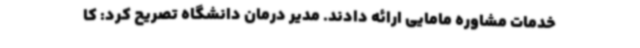
خدمات مشاوره مامایی ارائه دادند. مدیر درمان دانشگاه تصریح کرد: کا